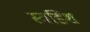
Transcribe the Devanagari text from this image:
स्वडिश